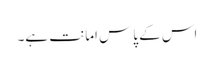
اس کے پاس امانت ہے۔